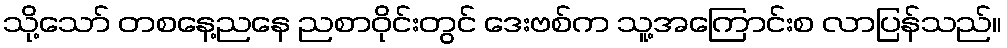
သို့သော် တစနေ့ညနေ ညစာဝိုင်းတွင် ဒေးဗစ်က သူ့အကြောင်းစ လာပြန်သည်။